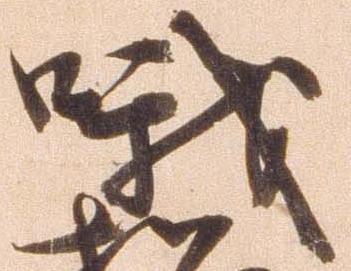
哦